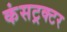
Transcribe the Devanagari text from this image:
कंसट्रक्टर